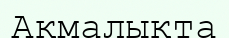
Ақмалықта